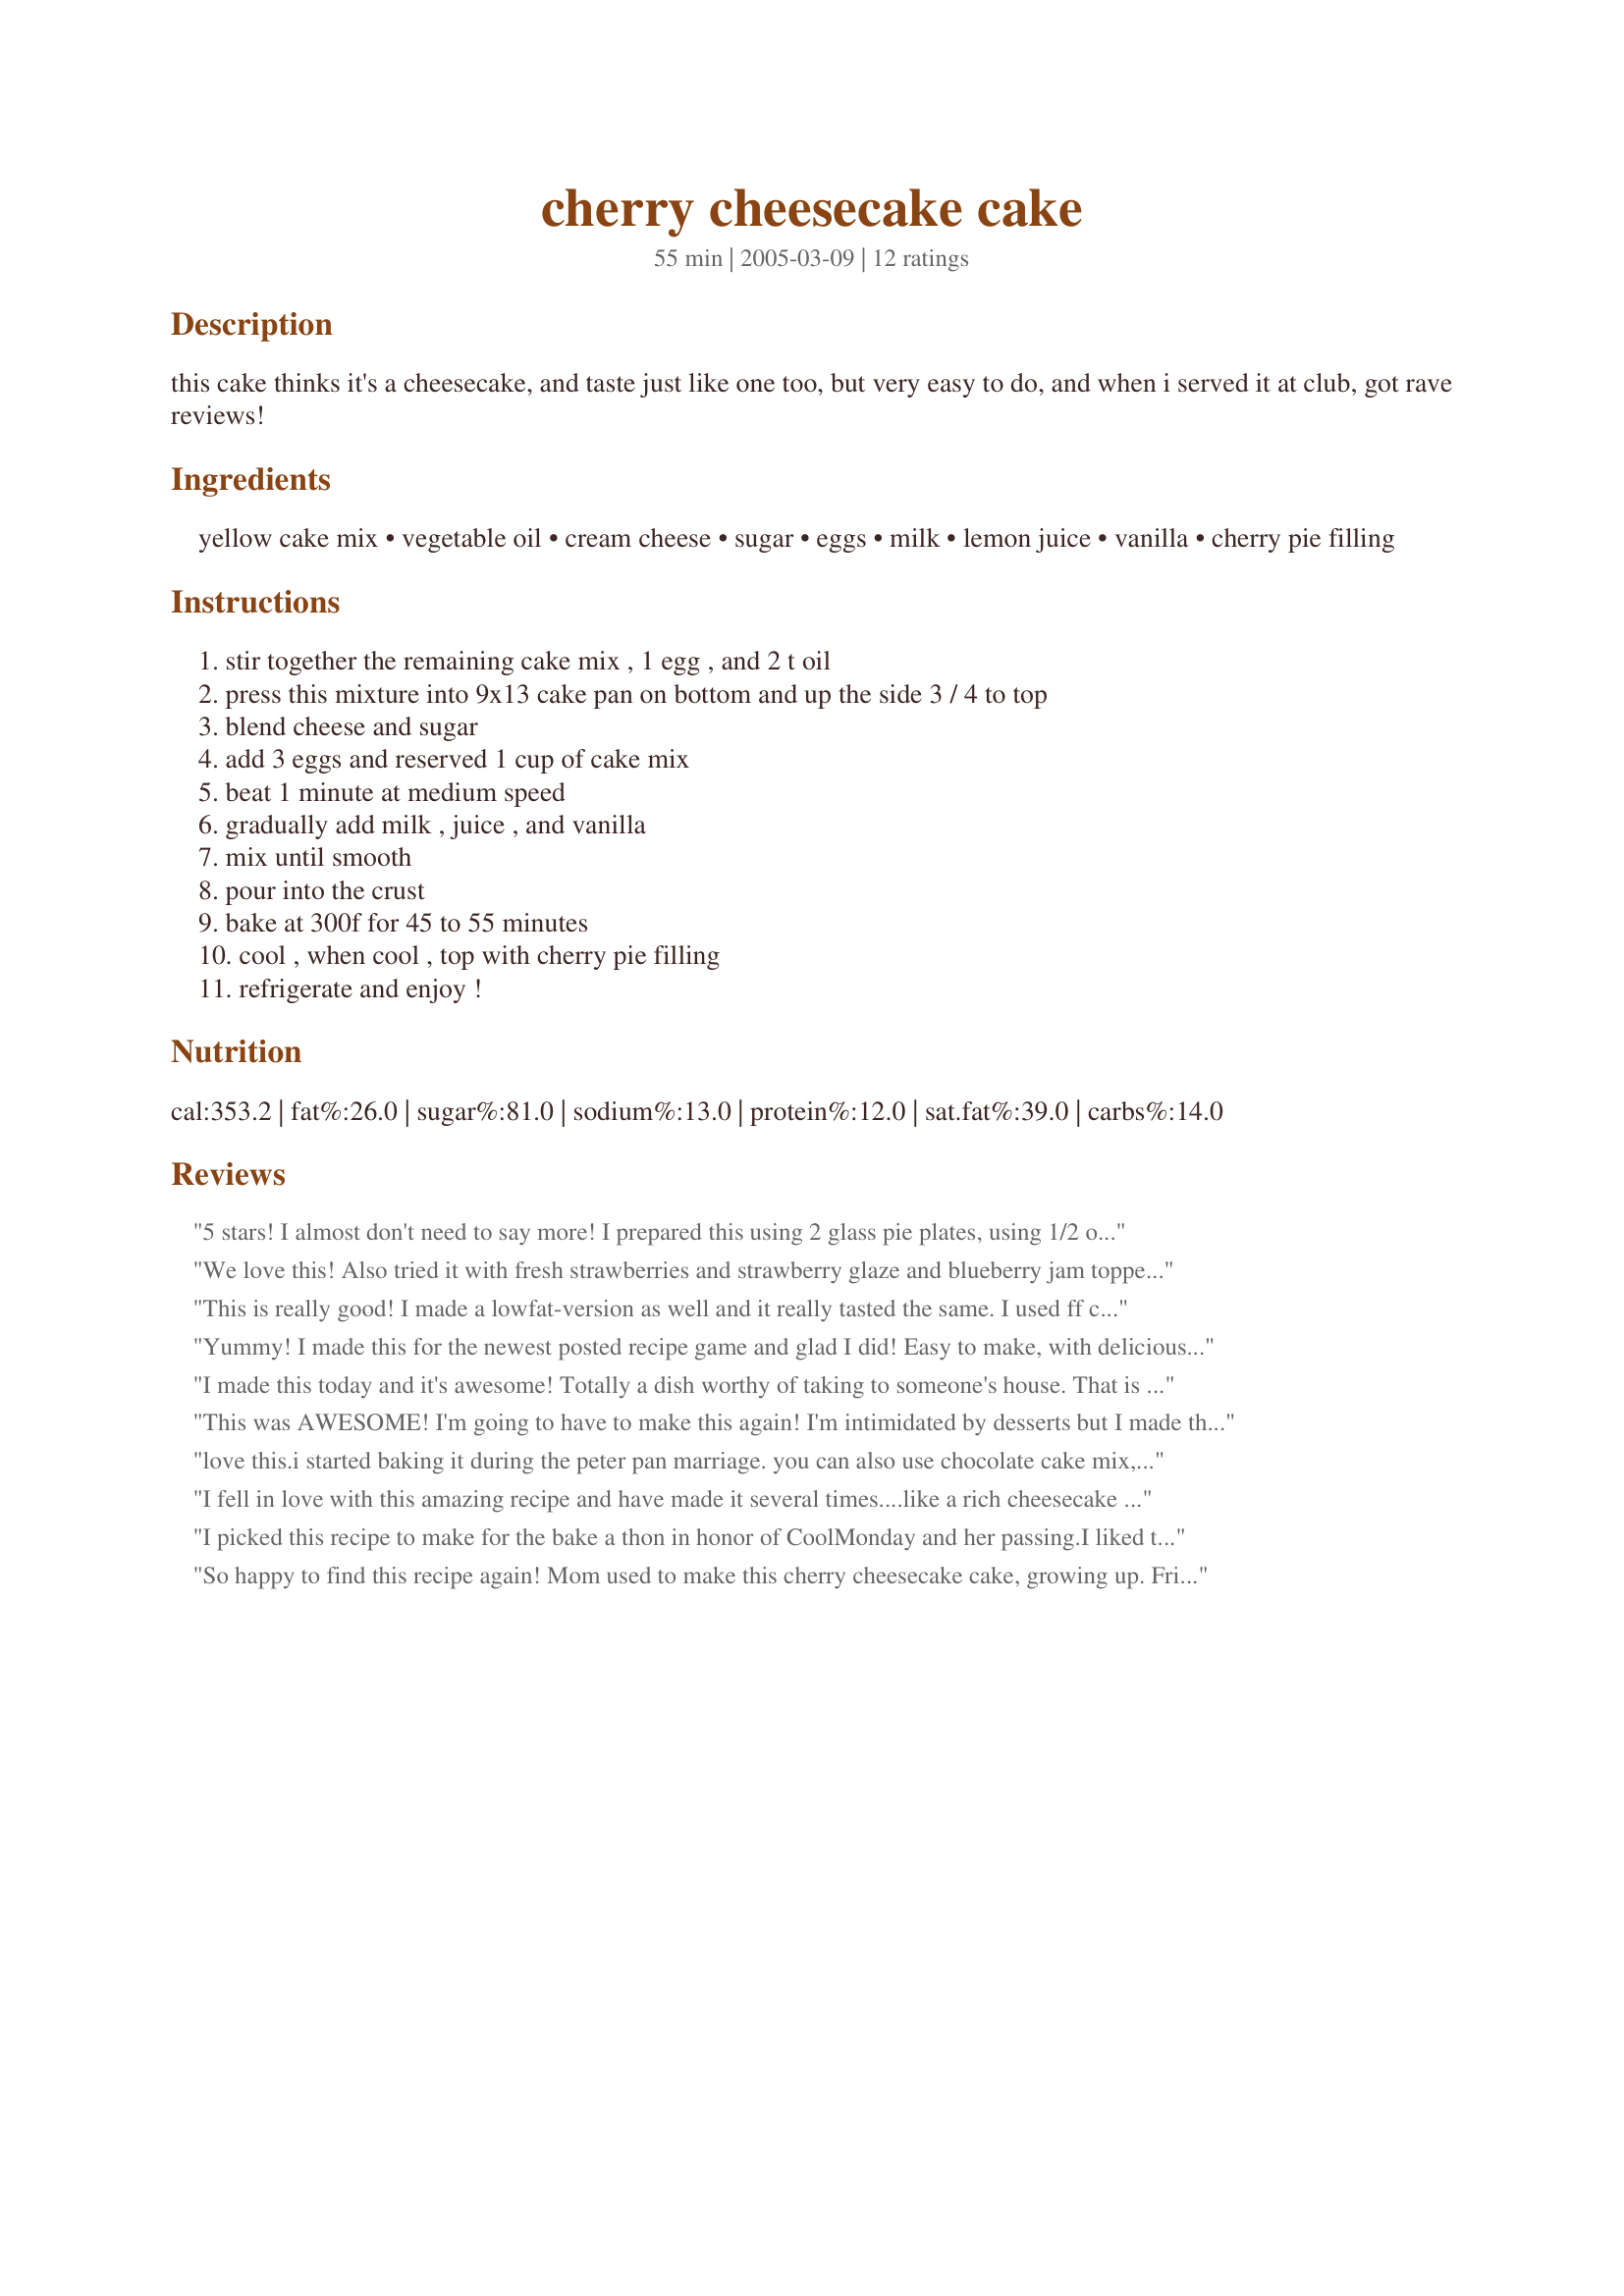
cherry cheesecake cake
Preparation time: 55 minutes

this cake thinks it's a cheesecake, and taste just like one too, but very easy to do, and when i served it at club, got rave reviews!

Ingredients:
yellow cake mix, vegetable oil, cream cheese, sugar, eggs, milk, lemon juice, vanilla, cherry pie filling

Steps:
stir together the remaining cake mix , 1 egg , and 2 t oil, press this mixture into 9x13 cake pan on bottom and up the side 3 / 4 to top, blend cheese and sugar, add 3 eggs and reserved 1 cup of cake mix, beat 1 minute at medium speed, gradually add milk , juice , and vanilla, mix until smooth, pour into the crust, bake at 300f for 45 to 55 minutes, cool , when cool , top with cherry pie filling, refrigerate and enjoy !

Reviews:
5 stars! I almost don't need to say more! I prepared this using 2 glass pie plates, using 1/2 of the ingredients in each pie plate. I did realize after cutting a slice that I could have pressed the "crust" mixture thinner in the middle of the pie plate, therefore, having more mixture to press up the sides of the plate. However, this did not affect the flavor at all! I spooned chilled cherry pie filling over each individual slice and it was YUMMY! So glad I have left overs! Thanks Aunt Paula!
We love this! Also tried it with fresh strawberries and strawberry glaze and blueberry jam topped with fresh blueberries.
This is really good! I made a lowfat-version as well and it really tasted the same. I used ff cream cheese, splenda & skim milk. Everyone asked for the recipe. Thanks!
Yummy! I made this for the newest posted recipe game and glad I did! Easy to make, with delicious results! Thanks Aunt Paula!
I made this today and it's awesome! Totally a dish worthy of taking to someone's house. That is my highest praise for a dessert.
This was AWESOME! I'm going to have to make this again! I'm intimidated by desserts but I made this and everything came out perfect. This is definitely a keeper. Thanks
love this.i started baking it during the peter pan marriage. you can also use chocolate cake mix, and use vanilla extract instead of the lemon juice and top it with cool whip instead of the cherries
I fell in love with this amazing recipe and have made it several times....like a rich cheesecake but lighter in texture....the crust is delicious too. Wonderful!
I picked this recipe to make for the bake a thon in honor of CoolMonday and her passing.I liked this recipe. It was very easy to make. I found that I did not have enough "crust" mixture to press up the sides, and I had to play with it a bit to make it stretch the whole 9x13 pan. I did feel that the box cake flavor was there, but it was still delicious. I will make this recipe again, but I think I will cut the sugar down to no more than 1/4 since the cake mix makes it very sweet.Thanks for the recipe.
So happy to find this recipe again! Mom used to make this cherry cheesecake cake, growing up. Friends and family enjoyed it but I found it just a tad too sweet for my tastes although I have a huuge sweet tooth. So I tweaked your original recipe as follows: upped the vanilla extract to 1 T., added an extra 8 oz. cream cheese plus 1/4 cup sour cream (keeping all other ingr./msrmnts. the same), and used a slightly larger pan size (3 qt.) and was a satisfied customer. Thanks, Aunt Paula!
This really didn't do much for us. I found the 'cake mix' flavour really overpowered the rest of the cake- the whole thing tasted quite strongly of artificial vanilla. The cheesecake layer was yummy, but still overpowered by the base. I had 13 people in my home and still had almost 3/4 of the cake left by the end of the night. Ended up pitching it a week later as DH and I hadn't made any more of a dent in it...I should know better, I'm rarely wowed when I try to jazz up a cake mix, lol. Live and learn!
I won't rate this since I didn't follow the directions specifically. I tried the chocolate cake version that another reviewer posted and it was flavorless. It would take a lot of tweaking to get it edible. My cats got a real treat tonight.
